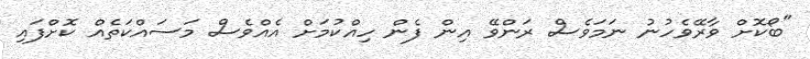
"ބޯކޮށް ވާރޭވެހުނު ނަމަވެސް ރަންވޭ އިން ފެން ހިއްކުމަށް އެއްވެސް މަސައްކަތެއް ކޮށްފައި